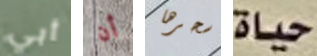
أبي أن سحرها حياة